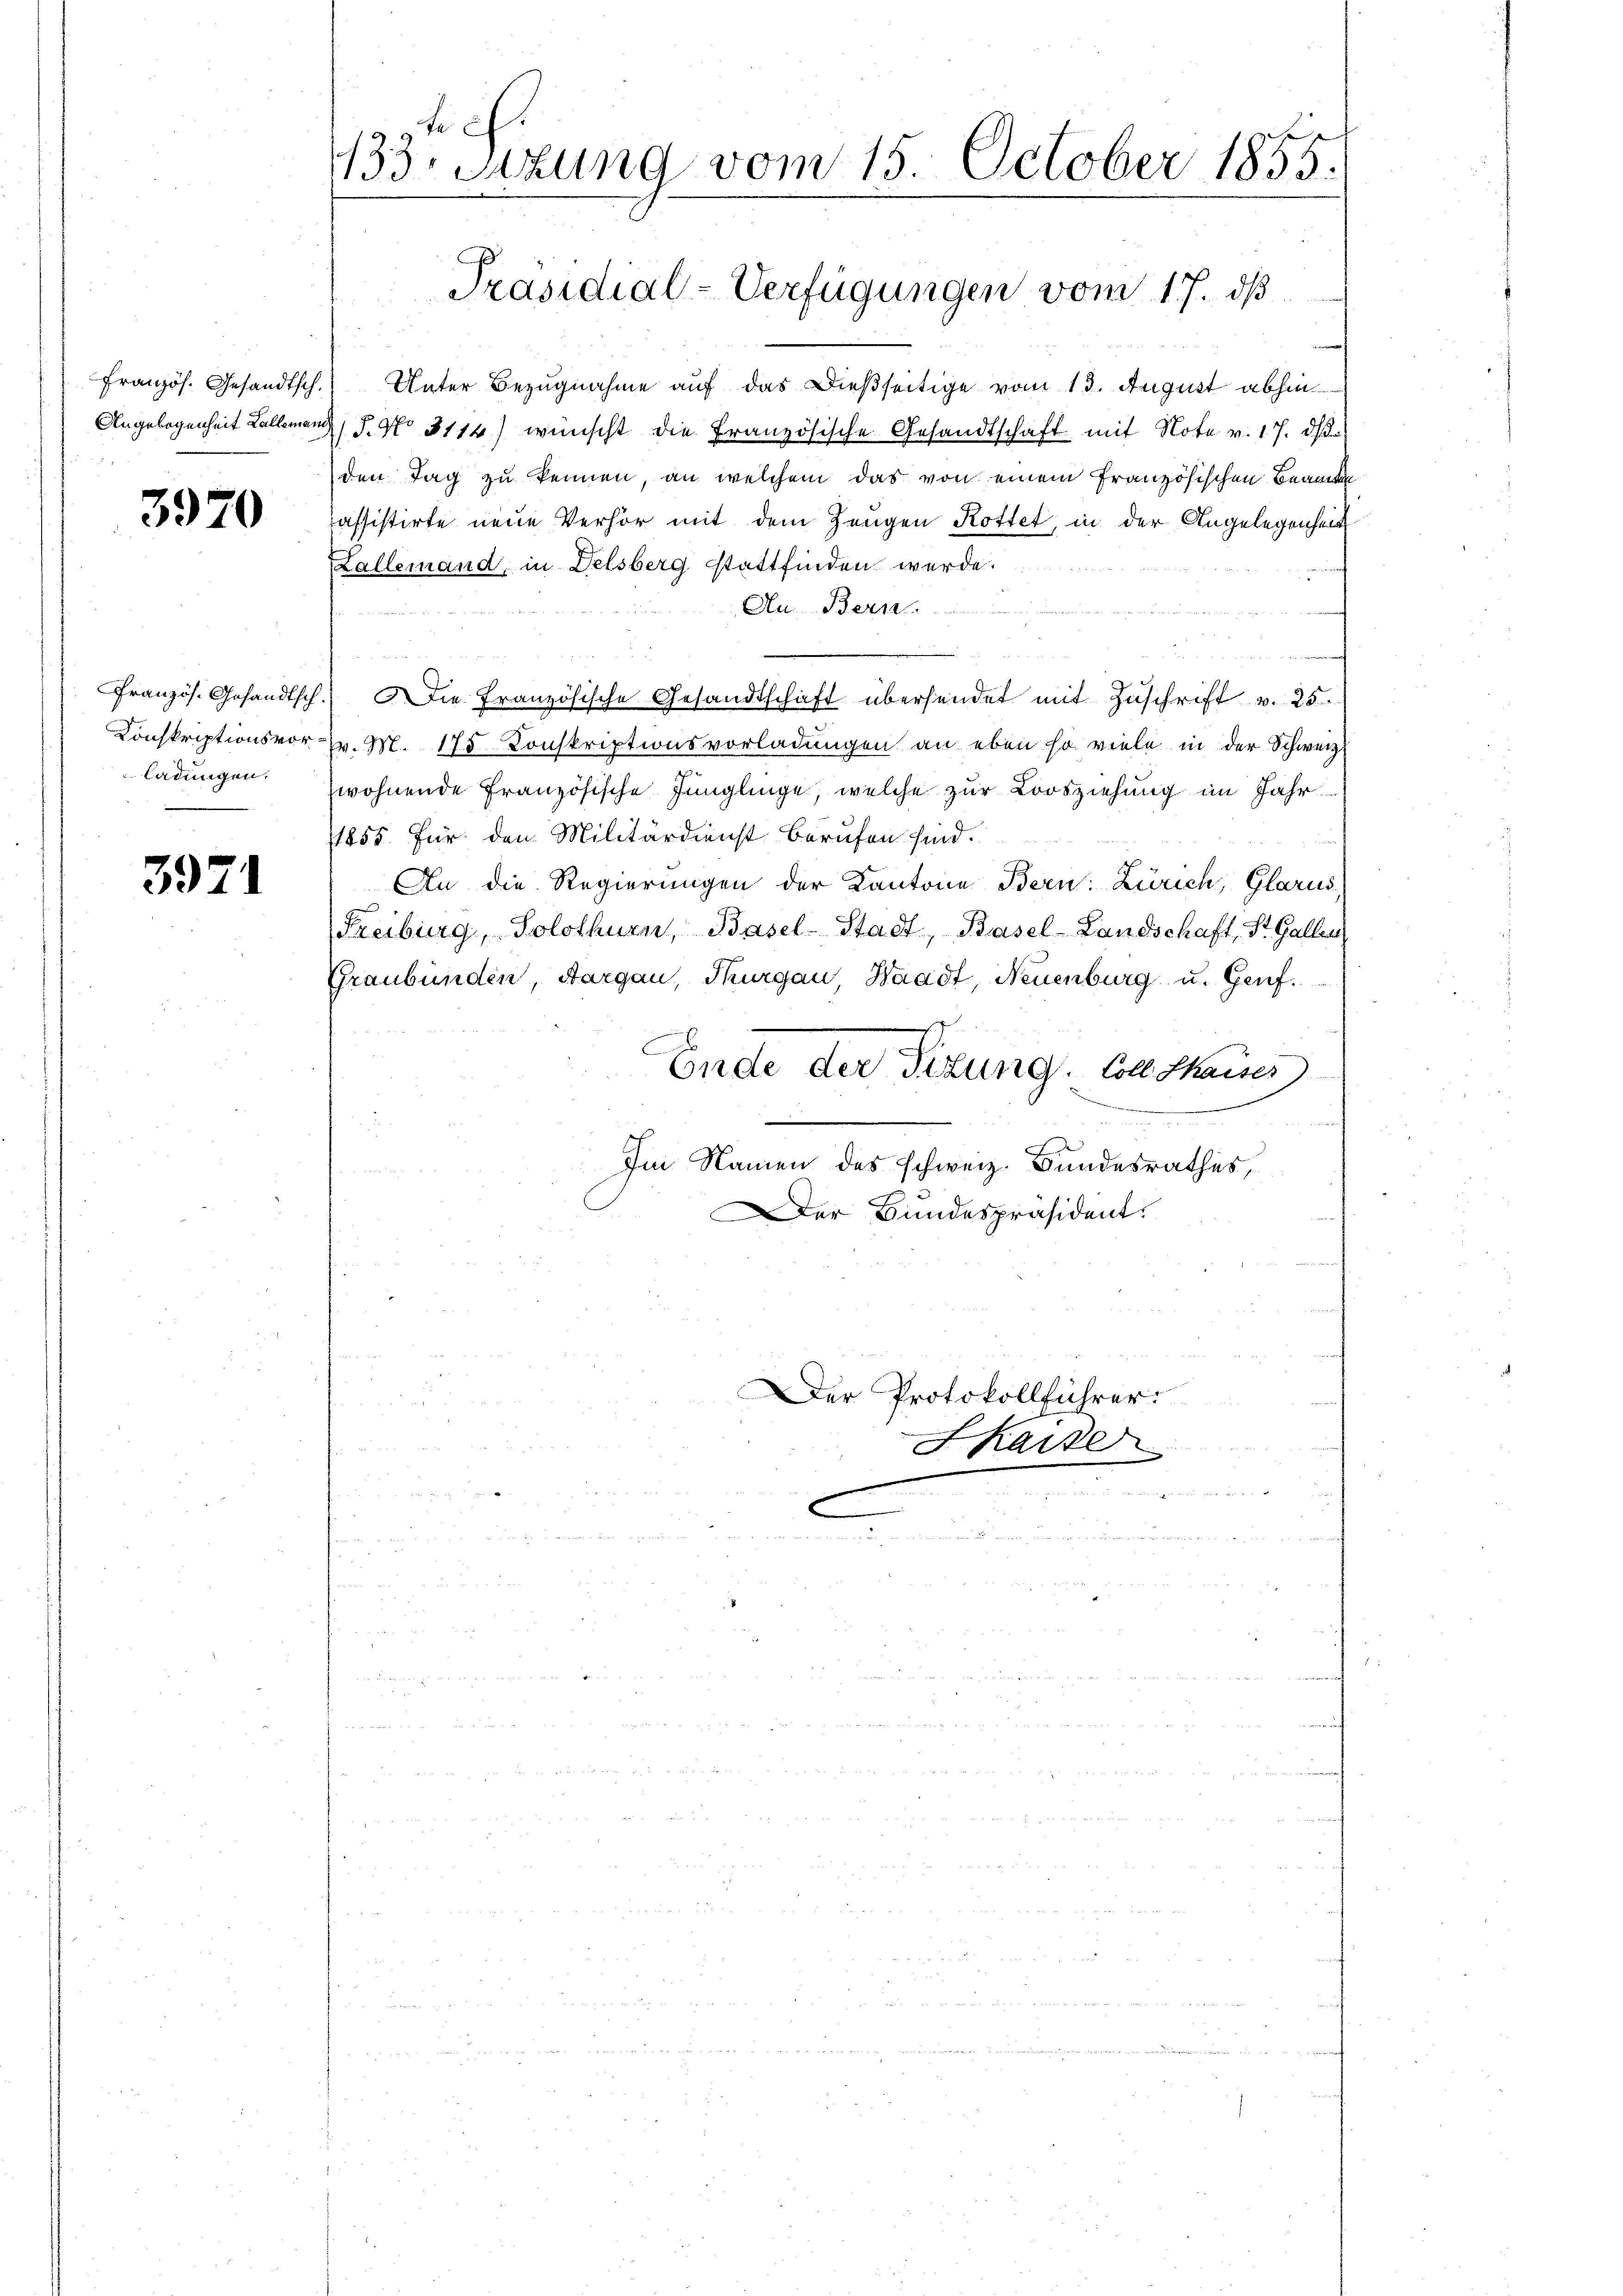
Französ. Gesandtsch.

3970

Französ. Gesandtsch
Konskriptionsvorladungen.

3971

tief
1133 Stzung vom 15. October 1855.

Unter Bezugnahme auf das dießseitige vom 13. August abhin
Angelegenheit allemand 5. No 3114) wünscht die Französische Gesandtschaft mit Note v. 17. ds.
den Tag zu kennen, an welchem das von einem französischen Beamt
assistirte neue Verhör mit dem Zeugen Rottet, in der Angelegenheit
Kallemand, in Delsberg stattfinden werde.
An Bern.
2
 Die Französische Gesandtschaft übersendet mit Zuschrift v. 25.
7v. M. 175. Konskriptionsvorladungen an eben so viele in der Schweiz.
wohnende Französische Jünglinge, welche zur Loosziehung im Jahr¬
1855. Für den Militärdienst Berufen sind.
An die Regierungen der Kantone Bern: Zürich, Glarus
Freiburg, Solothurn, Basel-Stadt, Basel-Landschaft, St. Gallen
Graubünden, Aargau, Thurgau, Waadt, Neuenburg u. Genf.
Ende der Titung. Vollsaus
Im Namen des schweiz. Bundesrathes,
er Bundespräsident.

Präsidial-Verfügungen vom 17. ds.

Skaise

Der Protokollführer.